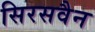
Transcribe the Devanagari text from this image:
सिरसवैन